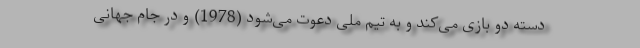
دسته دو بازی می‌کند و به تیم ملی دعوت می‌شود (1978) و در جام جهانی